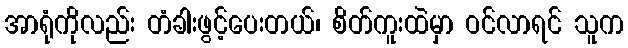
အာရုံကိုလည်း တံခါးဖွင့်ပေးတယ်၊ စိတ်ကူးထဲမှာ ဝင်လာရင် သူက